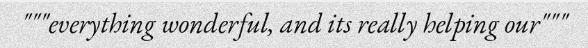
"""everything wonderful, and its really helping our"""